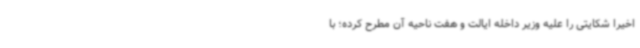
اخیرا شکایتی را علیه وزیر داخله ایالت و هفت ناحیه آن مطرح کرده؛ با